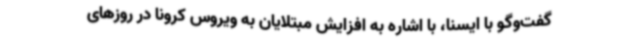
گفت‌وگو با ایسنا، با اشاره به افزایش مبتلایان به ویروس کرونا در روزهای